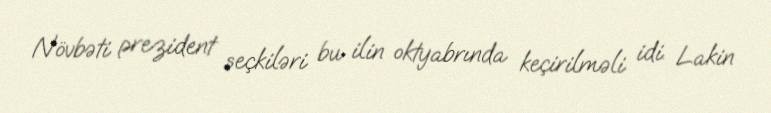
Növbəti prezident seçkiləri bu ilin oktyabrında keçirilməli idi. Lakin